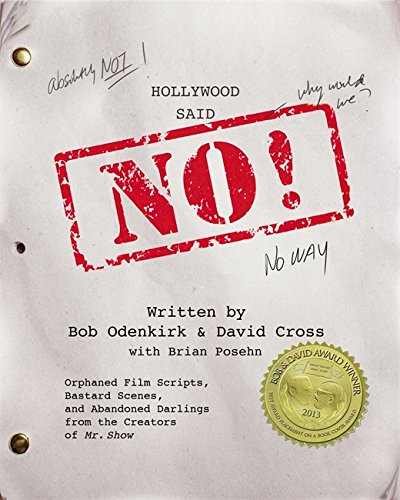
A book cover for Hollywood Said No!: Orphaned Film Scripts, Bastard Scenes, and Abandoned Darlings from the Creators of Mr. Show; David Cross; Humor & Entertainment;